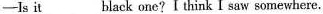
—Is it___black one? I think I saw somewhere.